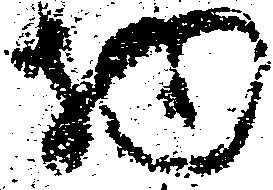
物